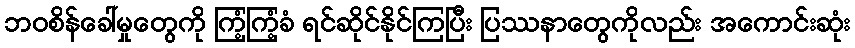
ဘဝစိန်ခေါ်မှုတွေကို ကြံ့ကြံ့ခံ ရင်ဆိုင်နိုင်ကြပြီး ပြဿနာတွေကိုလည်း အကောင်းဆုံး